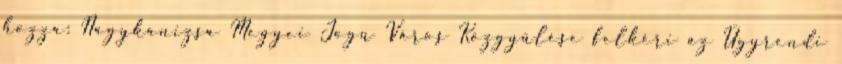
hozza: Nagykanizsa Megyei Jogú Város Közgyűlése felkéri az Ügyrendi